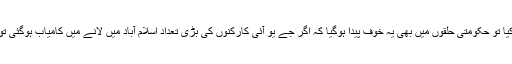
جب مولانا فضل الرحمان نے اسلام آباد مارچ کا اعلان کیا تو حکومتی حلقوں میں بھی یہ خوف پیدا ہوگیا کہ اگر جے یو آئی کارکنوں کی بڑی تعداد اسلام آباد میں لانے میں کامیاب ہوگئی تو اس وقت صورتحال کو کنٹرول کرنا مشکل ہوجائے گا۔